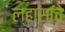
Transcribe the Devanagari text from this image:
ल्हासाचे